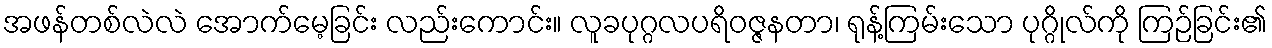
အဖန်တစ်လဲလဲ အောက်မေ့ခြင်း လည်းကောင်း။ လူခပုဂ္ဂလပရိဝဇ္ဇနတာ၊ ရုန့်ကြမ်းသော ပုဂ္ဂိုလ်ကို ကြဉ်ခြင်း၏